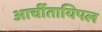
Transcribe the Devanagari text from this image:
आर्चीतायिपल